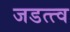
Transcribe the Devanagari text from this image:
जडत्त्व